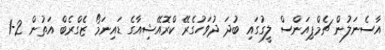
އާސެނަލުން ޗެމްޕިއަންސް ލީގުގައި ބުދަ ދުވަހުގެރޭ ކްރޮއޭޝިއާގެ ޑައިނަމޯ ޒެގްރެބް އަތުން 2-1